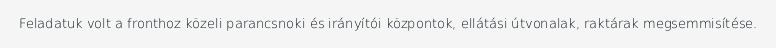
Feladatuk volt a fronthoz közeli parancsnoki és irányítói központok, ellátási útvonalak, raktárak megsemmisítése.